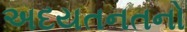
અદયતનતનો